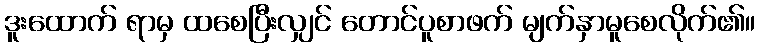
ဒူးထောက် ရာမှ ထစေပြီးလျှင် တောင်ပူစာဖက် မျက်နှာမူစေလိုက်၏။